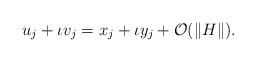
LaTeX: \begin{align*} u_j+\iota v_j = x_j+\iota y_j+\mathcal{O}(\|H\|).\end{align*}